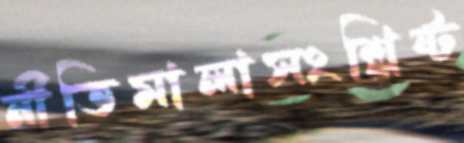
নীতিমালাসংশ্লিষ্ট